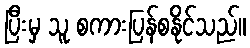
ပြီးမှ သူ စကားပြန်စနိုင်သည်။